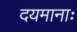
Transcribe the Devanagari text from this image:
दयमानाः